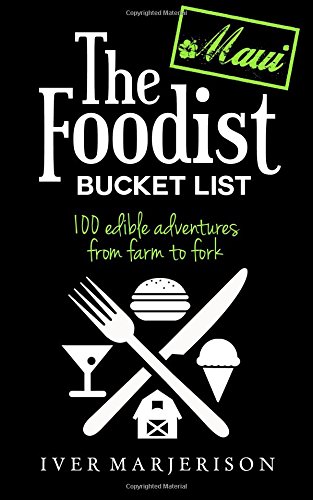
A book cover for The Foodist Bucket List: Maui (Volume 1); Iver Marjerison; Travel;